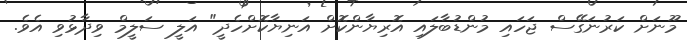
މޫނަށް ކަރުނަގޭސް ޖަހައި މުންޑުބާލައި އޮރިޔާންކޮށް އަނިޔާކޮށްހެދީ" އަލީ ސަލީމް ވިދާޅުވި އެވެ.